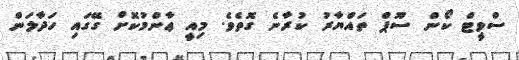
ސްވީޓް ކޯން ސޫޕް ތައްޔާރު ކުރާނެ ގޮތެވެ. މިއީ ޢާންމުކޮށް ގޭގައި ހަދާލަން